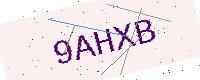
Text: 9AHXB